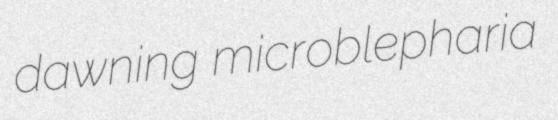
dawning microblepharia